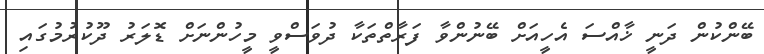
ބޭންކުން ދަނީ ޚާއްސަ އެހީއަށް ބޭނުންވާ ފަރާތްތަކާ ދުވަސްވީ މީހުންނަށް ޑޮލަރު ދޫކުރުމުގައި